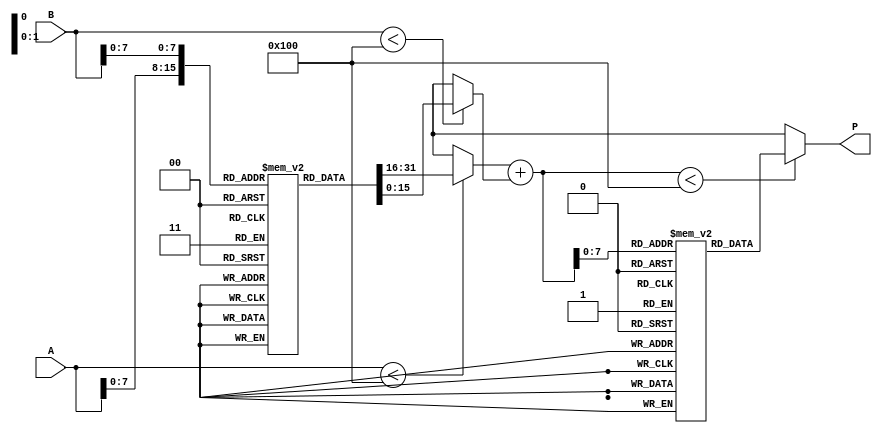
module log_multiplier(
    input wire [15:0] A, // Operand A
    input wire [15:0] B, // Operand B
    output wire [15:0] P // Product output
);

    // Internal wires for logarithmic values and sum
    wire [15:0] log_A;
    wire [15:0] log_B;
    wire [15:0] log_sum;
    
    // LUT for logarithm values (simplified)
    reg [15:0] log_lut [0:255]; // Assume input range of [0, 255]
    
    initial begin
        // Populate log_lut with appropriate logarithmic values
        // This should be filled with actual logarithmic values.
        // For example, log_lut[1] = 0 (log(1) = 0), log_lut[2] = log(2), ...
    end
    
    // Simple logarithm calculation using the LUT
    assign log_A = (A < 256) ? log_lut[A] : 16'hX; // Handle input out of range
    assign log_B = (B < 256) ? log_lut[B] : 16'hX; // Handle input out of range

    // Addition of logarithmic values
    assign log_sum = log_A + log_B; // This is a simple addition; consider proper overflow handling

    // LUT for exponential values (simplified)
    reg [15:0] exp_lut [0:255]; // Assume output range to be [0, 255]

    // Populate exp_lut with appropriate exponential values
    initial begin
        // This should be filled with actual exponential values.
        // For example, exp_lut[0] = 1 (e^0 = 1), exp_lut[1] = exp(1), ...
    end

    // Simple exponential calculation using the LUT
    assign P = (log_sum < 256) ? exp_lut[log_sum] : 16'hX; // Handle output out of range

endmodule